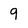
Character: 9